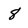
Character: 8